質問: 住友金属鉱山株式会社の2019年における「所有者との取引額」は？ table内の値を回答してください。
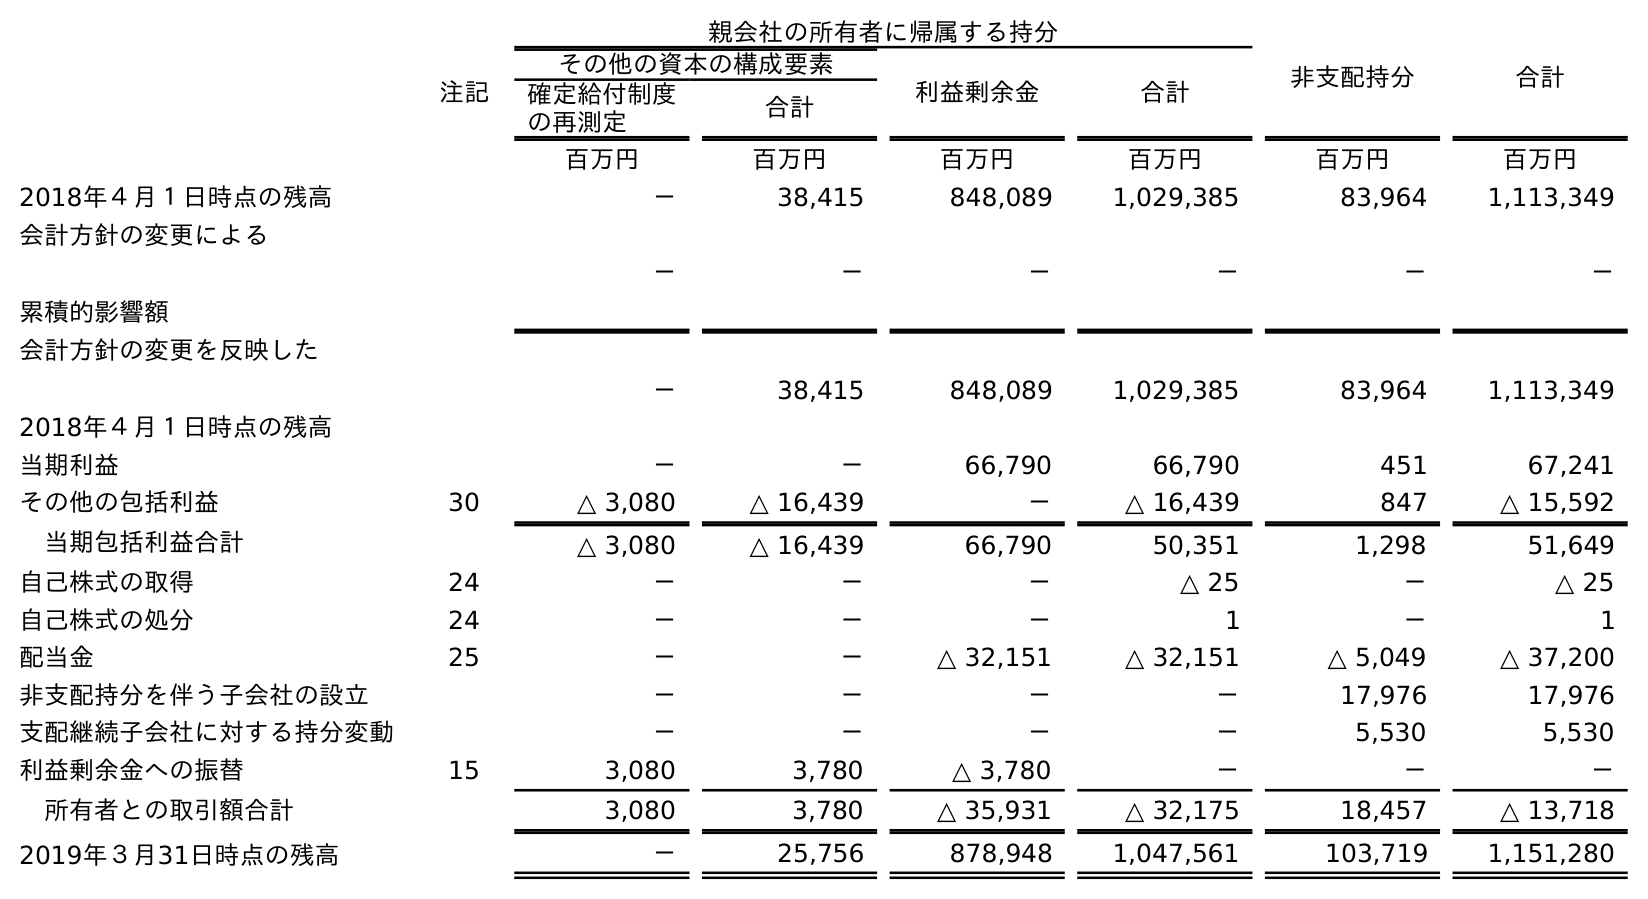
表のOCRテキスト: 親会社の所有者に帰属する持分 非支配持分 合計 注記 その他の資本の構成要素 利益剰余金 合計 確定給付制度 の再測定 合計 百万円 百万円 百万円 百万円 百万円 百万円 2018年４月１日時点の残高 － 38,415 848,089 1,029,385 83,964 1,113,349 会計方針の変更による 累積的影響額 － － － － － － 会計方針の変更を反映した 2018年４月１日時点の残高 － 38,415 848,089 1,029,385 83,964 1,113,349 当期利益 － － 66,790 66,790 451 67,241 その他の包括利益 30 △ 3,080 △ 16,439 － △ 16,439 847 △ 15,592 当期包括利益合計 △ 3,080 △ 16,439 66,790 50,351 1,298 51,649 自己株式の取得 24 － － － △ 25 － △ 25 自己株式の処分 24 － － － 1 － 1 配当金 25 － － △ 32,151 △ 32,151 △ 5,049 △ 37,200 非支配持分を伴う子会社の設立 － － － － 17,976 17,976 支配継続子会社に対する持分変動 － － － － 5,530 5,530 利益剰余金への振替 15 3,080 3,780 △ 3,780 － － － 所有者との取引額合計 3,080 3,780 △ 35,931 △ 32,175 18,457 △ 13,718 2019年３月31日時点の残高 － 25,756 878,948 1,047,561 103,719 1,151,280
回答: △13,718